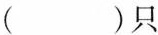
（）只